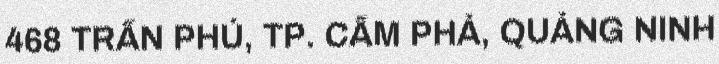
468 TRẦN PHÚ, TP. CẨM PHẢ, QUẢNG NINH